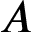
A